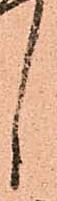
し